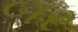
બર